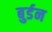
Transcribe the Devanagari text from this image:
बुर्डन